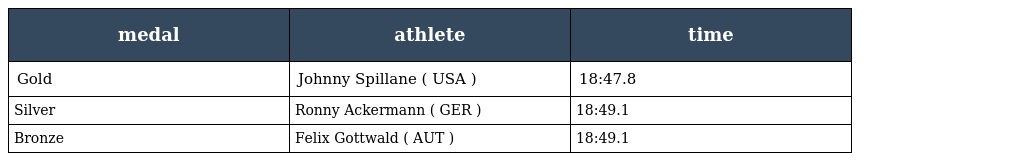
| medal | athlete | time |
 | --- | --- | --- |
 | Gold | Johnny Spillane ( USA ) | 18:47.8 |
 | Silver | Ronny Ackermann ( GER ) | 18:49.1 |
 | Bronze | Felix Gottwald ( AUT ) | 18:49.1 |